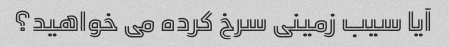
آیا سیب زمینی سرخ کرده می خواهید؟